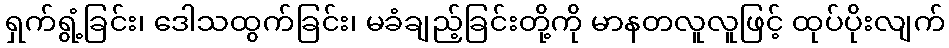
ရှက်ရွံ့ခြင်း၊ ဒေါသထွက်ခြင်း၊ မခံချည့်ခြင်းတို့ကို မာနတလူလူဖြင့် ထုပ်ပိုးလျက်